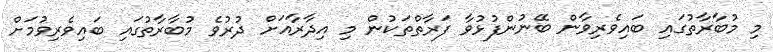
މި މުބާރާތުގައި ބައިވެރިވާން ބޭނުންފުޅުވާ ފަރާތްތަކުން މި އިދާރާއަށް ދުރުވެ މުބާރާތުގައި ބައިވެރިވުމަށް